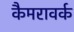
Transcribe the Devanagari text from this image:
कैमरावर्क